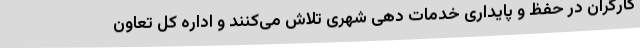
کارگران در حفظ و پایداری خدمات دهی شهری تلاش می‌کنند و اداره کل تعاون